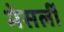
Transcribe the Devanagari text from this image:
मेसर्ली